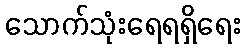
သောက်သုံးရေရရှိရေး